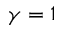
\gamma = 1